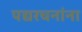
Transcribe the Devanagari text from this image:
पद्यरचनांना